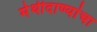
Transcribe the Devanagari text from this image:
मेथीदाण्यांचा